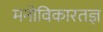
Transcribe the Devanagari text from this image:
मनोविकारतज्ञ